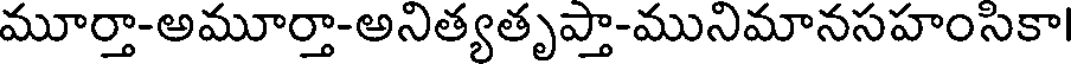
మూర్తా-అమూర్తా-అనిత్యతృప్తా-మునిమానసహంసికా